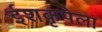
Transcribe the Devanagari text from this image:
ईशकृपेला